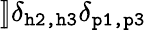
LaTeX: ]\! ]\delta_{\texttt{h2,h3}}\delta_{\texttt{p1,p3}}